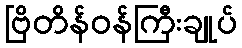
ဗြိတိန်ဝန်ကြီးချုပ်